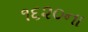
૧૬૨૦ના